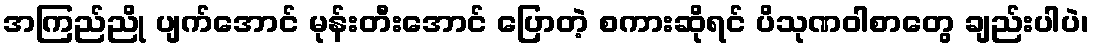
အကြည်ညို ပျက်အောင် မုန်းတီးအောင် ပြောတဲ့ စကားဆိုရင် ပိသုဏဝါစာတွေ ချည်းပါပဲ၊